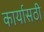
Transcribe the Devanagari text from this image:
कार्यासठी